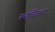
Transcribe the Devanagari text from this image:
क्‍वचितच